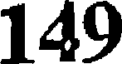
149